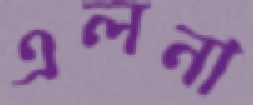
এলনা